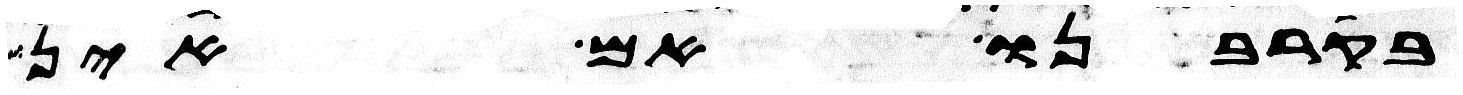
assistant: בקרבנו אם אין